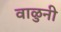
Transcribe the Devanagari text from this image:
वाळुनी